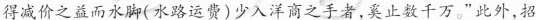
得减价之益而水脚(水路运费)少入洋商之手者，奚止数千万。”此外，招